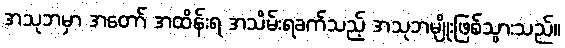
အသုဘမှာ အတော် အထိန်းရ အသိမ်းရခက်သည့် အသုဘမျိုးဖြစ်သွားသည်။